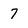
Character: 7